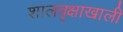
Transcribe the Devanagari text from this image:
शालवृक्षाखाली